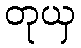
တုယှ